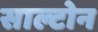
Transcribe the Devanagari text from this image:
साल्टोन